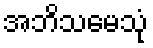
အဘိသမေသုံ